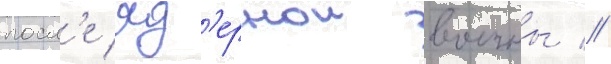
посл'е яд'ернои воины //